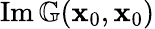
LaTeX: \operatorname{Im}\mathbb{G}(\mathbf{x}_{0},\mathbf{x}_{0})